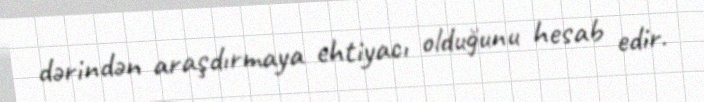
dərindən araşdırmaya ehtiyacı olduğunu hesab edir.